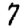
Digit: 7